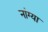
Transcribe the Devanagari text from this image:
नांग्या